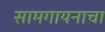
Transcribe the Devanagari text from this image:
सामगायनाचा